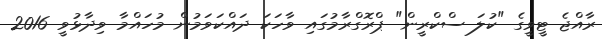
ރާއްޖެ ޓީވީގެ "ކުލަ ސްކްރީން" ޕްރޮގްރާމުގައި ވާހަކަ ދައްކަވަމުން މުހައްމާ ވިދާޅުވީ 2016